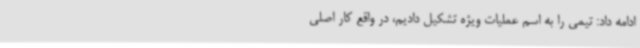
ادامه داد: تیمی را به اسم عملیات ویژه تشکیل دادیم، در واقع کار اصلی